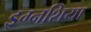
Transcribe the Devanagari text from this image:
इग्नशिया